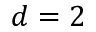
d = 2